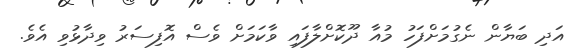
އަދި ބަޔާން ނެގުމަށްފަހު މުއާ ދޫކޮށްލާފައި ވާކަމަށް ވެސް އޮފިސަރު ވިދާޅުވި އެވެ.